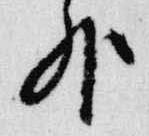
外